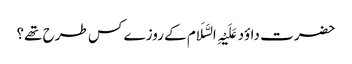
حضرت داؤد عَلَیْہِ السَّلَام کے روزے کس طرح تھے؟